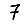
Digit: 7